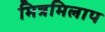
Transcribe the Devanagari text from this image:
मित्रमिलाप